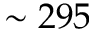
\sim 2 9 5